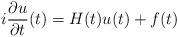
LaTeX: \begin{align*} i\frac{\partial u}{\partial t}(t) = H(t)u(t) + f(t) \end{align*}